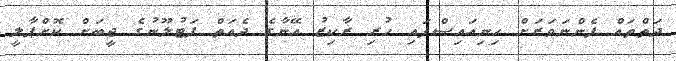
ދަތްތައް ފެންނަވަރަށް ހިނިއައިސްފައި ހުރި ރާކިޒު އޭނާގެ ދެއަތް ފަޓުލޫނުގެ ޖީބަށް ކޮށްޕާލީ